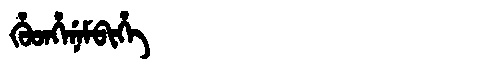
Manchu: ᡥᡠᡨᡥᡝᠨᡝᠮᠪᡳᡥᡝ
Romanization: HUTHENEMBIHE